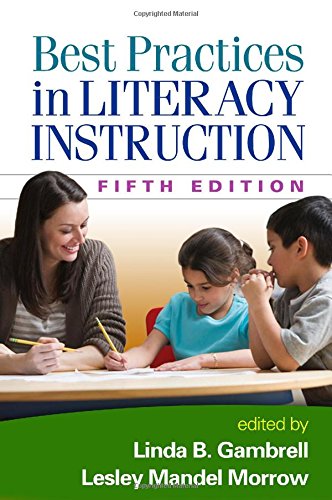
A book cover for Best Practices in Literacy Instruction, Fifth Edition; Reference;